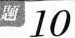
题10